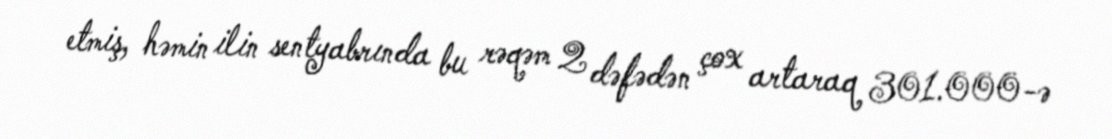
etmiş, həmin ilin sentyabrında bu rəqəm 2 dəfədən çox artaraq 301.000-ə